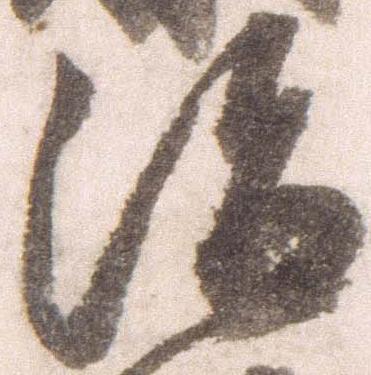
治